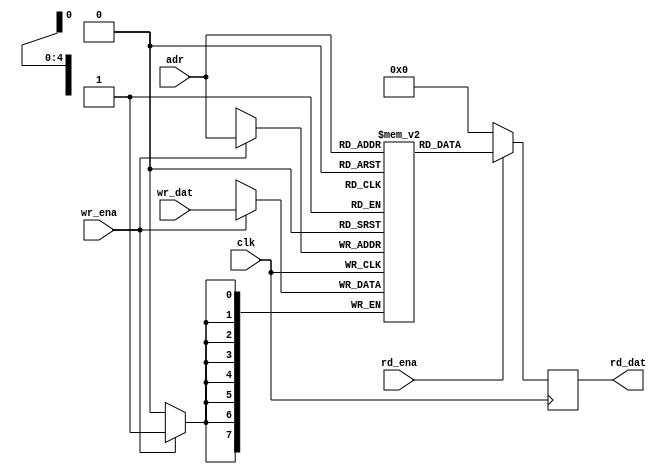
module sram_sp_be_behave (
  clk       ,
  adr       ,
  wr_ena    ,
  wr_dat    ,
  rd_ena    ,
  rd_dat
  );


//*** PARAMETER DECLARATION ****************************************************

  parameter    ADR_WD                = 5              ;
  parameter    ADR                   = (1<<ADR_WD)    ;
  parameter    DAT_WD                = 8              ;
  parameter    COL_WD                = 8              ;


//*** INPUT/OUTPUT DECLARATION *************************************************

  input                              clk              ;
  input      [ADR_WD       -1 :0]    adr              ;
  input      [DAT_WD/COL_WD-1 :0]    wr_ena           ;
  input      [DAT_WD       -1 :0]    wr_dat           ;
  input                              rd_ena           ;
  output reg [DAT_WD       -1 :0]    rd_dat           ;


//*** WIRE & REG DECLARATION ***************************************************

  reg        [DAT_WD       -1 :0]    mem_array[ADR-1 :0] ;


//*** MAIN BODY ****************************************************************

  genvar i ;

  generate
    for(i=0 ;i<DAT_WD/COL_WD ;i=i+1 ) begin
      always @(posedge clk ) begin
        if( wr_ena[i] ) begin
          mem_array[adr][(i+1)*COL_WD-1:i*COL_WD] <= wr_dat[(i+1)*COL_WD-1:i*COL_WD] ;
        end
      end
    end
  endgenerate

  always @(posedge clk ) begin
    if( rd_ena ) begin
      rd_dat <= mem_array[adr] ;
    end
    else begin
      rd_dat <= {{DAT_WD{1'b0}}} ;
    end
  end


//*** DEBUG ********************************************************************

`ifndef BEHAVE_MODEL

  initial begin
    #1 ;
    $display( "\\\\\\\\\\\\\\\\\\\\\\\\\\\\\\\\t calling sram_sp_be_behave @%m" );
  end

`endif

endmodule